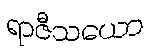
ရာဇီသယော